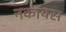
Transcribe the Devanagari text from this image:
नकायस